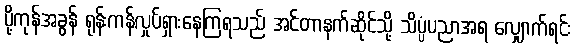
ပို့ကုန်အခွန် ရုန်းကန်လှုပ်ရှားနေကြရသည် အင်တာနက်ဆိုင်သို့ သိပ္ပံပညာအရ လျှောက်ရင်း